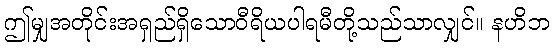
ဤမျှအတိုင်းအရှည်ရှိသောဝီရိယပါရမီတို့သည်သာလျှင်။ နဟိဘ